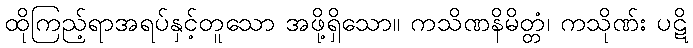
ထိုကြည့်ရာအရပ်နှင့်တူသော အဖို့ရှိသော။ ကသိဏနိမိတ္တံ၊ ကသိုဏ်း ပဋိ